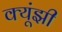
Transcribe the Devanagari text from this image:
क्यूंझी